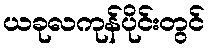
ယခုလကုန်ပိုင်းတွင်